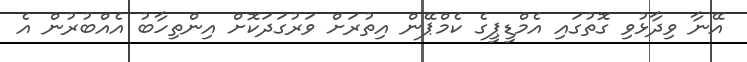
އޭނާ ވިދާޅުވި ގޮތުގައި އެމްޑީޕީގެ ކެމްޕޭން އިތުރަށް ވަރުގަދަކޮށް އިންތިހާބު އެއްބުރުން އެ